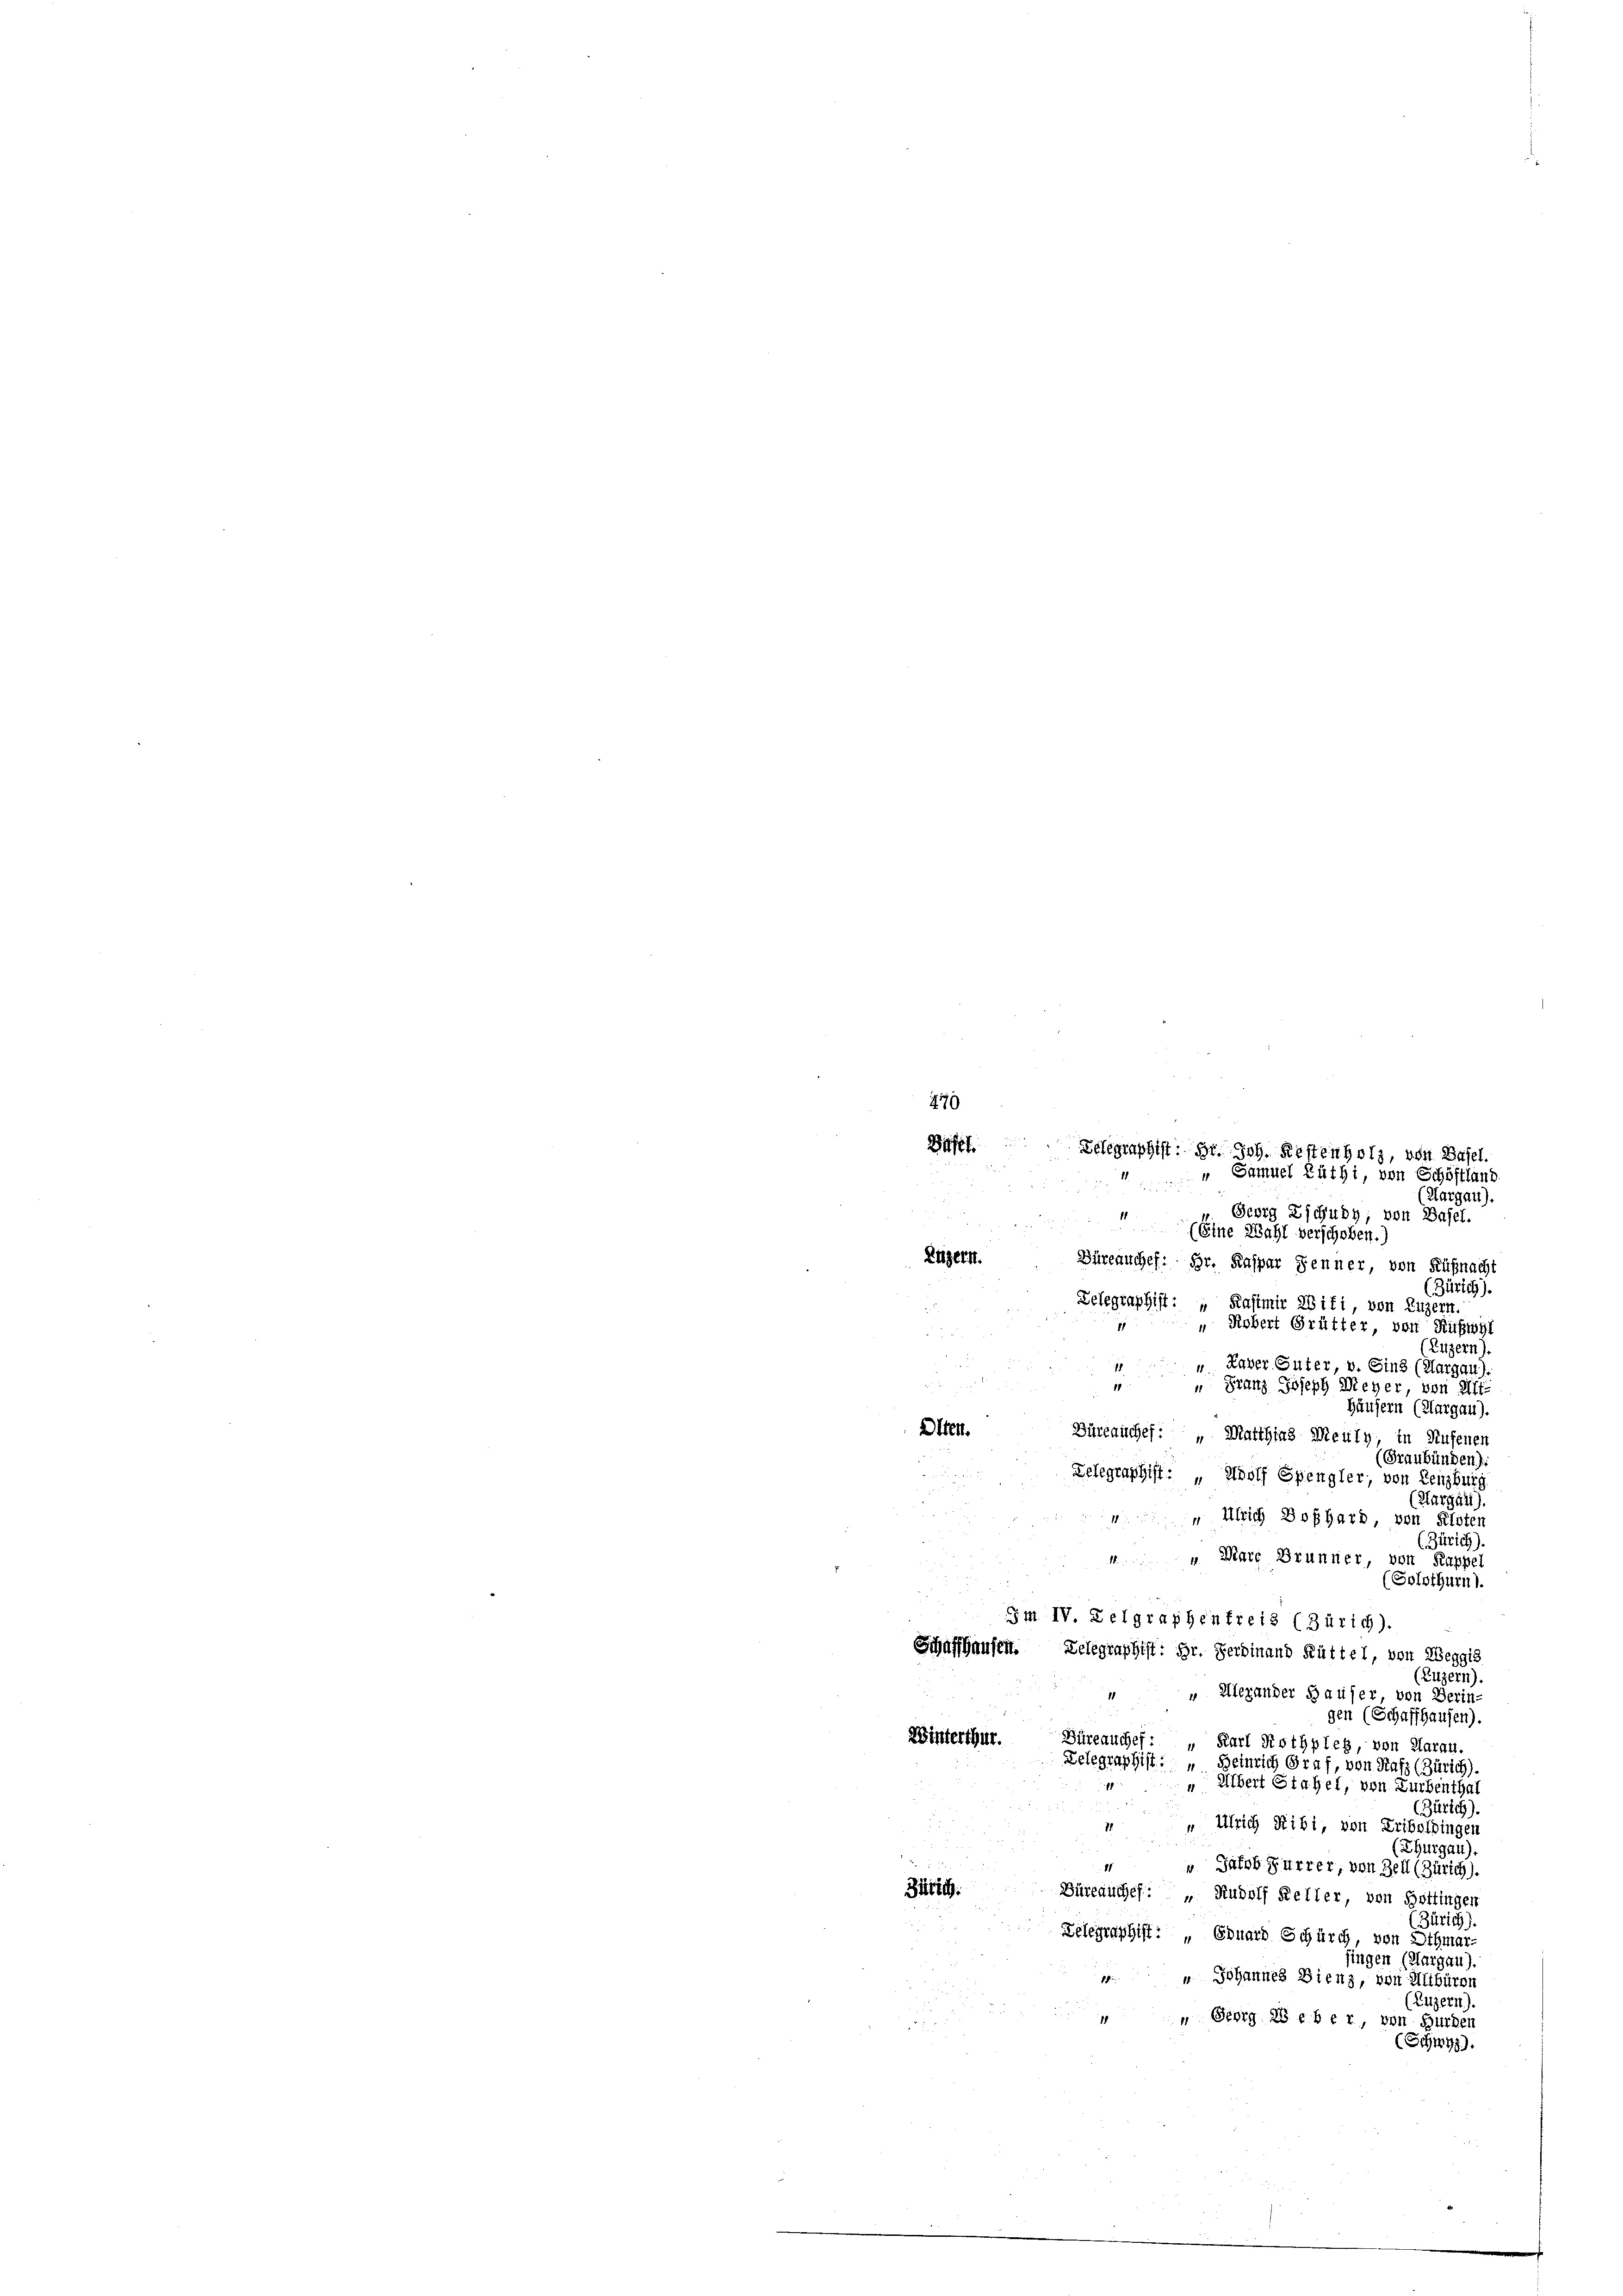
479

Georg Zschudy; von Basel.
1
(Eine Wahl verschoben.)
Büreauchef: Hr. Kaspar Jenner, von Küßnacht
(Zürich).
Zelegraphist: „Kasimir Witt von Luzern.
 Robert Grütter, von Ruswyl
(Luzern).
Kaver Guter, v. Sind (Aargau).
g
" Franz Joseph Meyer von Alt-
Häusern (Kargau).
Alten.
Büreauchet: „Matthias Meuly, in Aufenen
(Graubünden):
Zelegraphist: „Adolf Spengler, von Lenzburg
(Klargau).
 Ulrich Boßhard, von Kloten
(Zürich)
"Mare Brunner, von Kappel
(Solothurn).
Im IV. Zelgraphenfreis (Zürich).
Schaffhausent. Delegraphist: Hr. Ferdinand Rüttel, von Weggis
(Luzern).
 Alexander Hauser, von Berin
gen (Schaffhausen).
Büreauches
Winterthur.
" Karl Rothpleg, von Aarau,
Zelegraphist: " Heinrich Graf, von Salz (Zürich).
 Albert Stahel, von Turbenthal
(Zürich).
 Ulrich Ribi, von Friboldingen
(Thurgau),
Jakob Furrer, von Zell (Zürich).
Bütig.
Büreauchef: „ Rudolf Keller, von Hottingen
(Zürich).
Telegraphist: „Eduard Schürch, von Othmar-
fingen (Aargau).
 Johannes Bienz, von Alibüren
Luzern)
„ Georg 25 eber, von Bürger
(Schwyz).

Luzern.

Basel Telegraphist: Hr. Joh. Restenholz, von Basel.
" Samuel Rüthi, von Schöftland

Aargau).